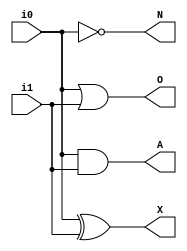
module Decoder(input i0, i1, output A, O, X, N);

assign A = i0 & i1;
assign O = i0 | i1;
assign X = i0 ^ i1;
assign N = ~i0;

endmodule